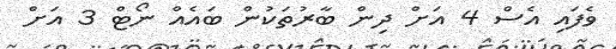
ވެފައި އެސް 4 އަށް ދިން ބާރުތަކުން ބައެއް ނޯޓް 3 އަށް